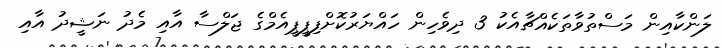
ލަންކާއިން މަސްތުވާތަކެއްޗާއެކު 3 ދިވެހިން ހައްޔަރުކޮށްފިޕީޕީއެމްގެ ޖަލްސާ އާއި މެދު ނަޝީދު އާއި